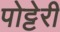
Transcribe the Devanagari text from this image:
पोट्टेरी